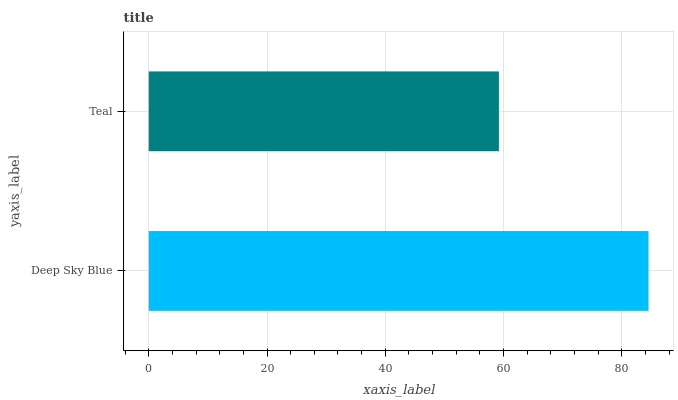
| yaxis_label | bars |
 | --- | --- |
 | Deep Sky Blue | 84.5 |
 | Teal | 59.2 |